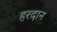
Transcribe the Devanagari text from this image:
हरदान